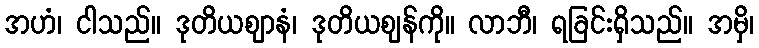
အဟံ၊ ငါသည်။ ဒုတိယဈာနံ၊ ဒုတိယဈန်ကို။ လာဘီ၊ ရခြင်းရှိသည်။ အမှိ၊